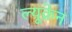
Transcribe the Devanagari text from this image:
ल्यूक्रेन